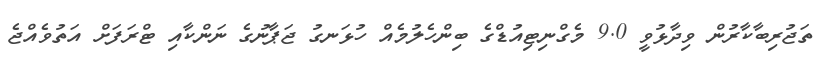
ތަޖުރިބާކާރުން ވިދާޅުވީ 9.0 މެގްނިޓިއުޑްގެ ބިންހެލުމެއް ހުޅަނގު ޖަޕާނުގެ ނަންކާއި ޓްރަފަށް އަތުވެއްޖެ